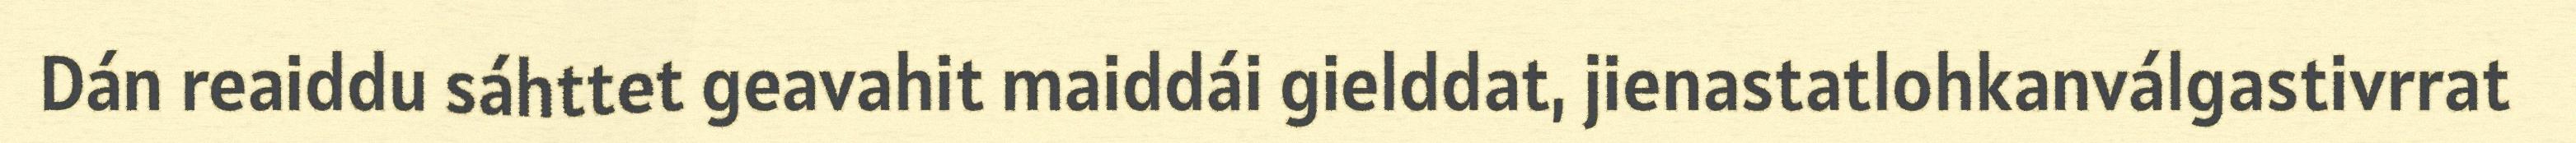
Dán reaiddu sáhttet geavahit maiddái gielddat, jienastatlohkanválgastivrrat